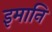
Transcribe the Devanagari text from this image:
इमानि